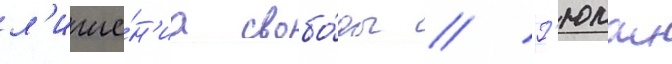
л'ише́н'иа свобо́ды // Г'юлаи